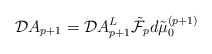
\begin{align*}{\cal D}A_{p+1} = {\cal D} A^{L}_{p+1} \tilde{{\cal F}}_{p} d \tilde{\mu}_{0}^{(p+1)}\end{align*}